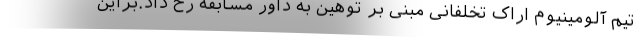
تیم آلومینیوم اراک تخلفانی مبنی بر توهین به داور مسابقه رخ داد.براین